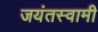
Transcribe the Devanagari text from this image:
जयंतस्वामी